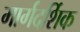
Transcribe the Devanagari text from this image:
मार्गदर्शिक